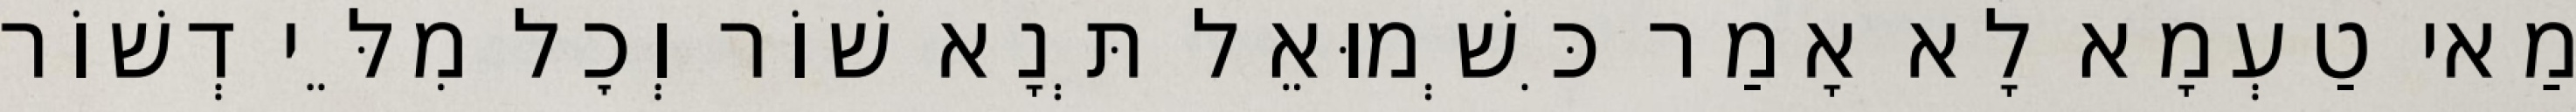
מַאי טַעְמָא לָא אָמַר כִּשְׁמוּאֵל תְּנָא שׁוֹר וְכׇל מִלֵּי דְשׁוֹר